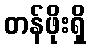
တန်ဖိုးရှိ